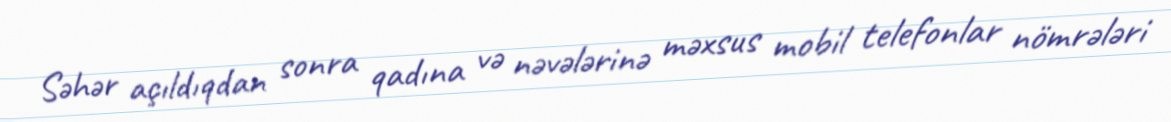
Səhər açıldıqdan sonra qadına və nəvələrinə məxsus mobil telefonlar nömrələri